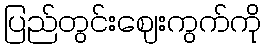
ပြည်တွင်းဈေးကွက်ကို